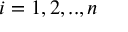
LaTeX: i = 1 , 2 , . . , n